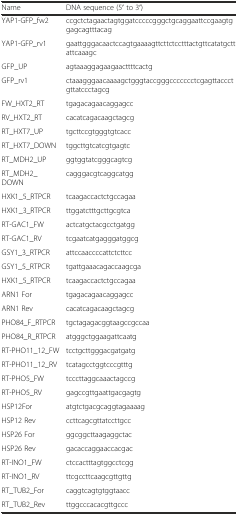
<table><thead><tr><td><b>Name</b></td><td><b>DNA sequence (5′ to 3′)</b></td></tr></thead><tbody><tr><td>YAP1-GFP_fw2</td><td>ccgctctagaactagtggatcccccgggctgcaggaattccgaagtggagcagtttacag</td></tr><tr><td>YAP1-GFP_rv1</td><td>gaattgggacaactccagtgaaaagttcttctcctttactgttcatatgcttattcaaagc</td></tr><tr><td>GFP_UP</td><td>agtaaaggagaagaacttttcactg</td></tr><tr><td>GFP_rv1</td><td>ctaaagggaacaaaagctgggtaccgggccccccctcgagttaccctgttatccctagcg</td></tr><tr><td>FW_HXT2_RT</td><td>tgagacagaacaggagcc</td></tr><tr><td>RV_HXT2_RT</td><td>cacatcagacaagctagcg</td></tr><tr><td>RT_HXT7_UP</td><td>tgcttccgtgggtgtcacc</td></tr><tr><td>RT_HXT7_DOWN</td><td>tggcttgtcatcgtgagtc</td></tr><tr><td>RT_MDH2_UP</td><td>ggtggtatcgggcagtcg</td></tr><tr><td>RT_MDH2_ DOWN</td><td>cagggacgtcaggcatgg</td></tr><tr><td>HXK1_5_RTPCR</td><td>tcaagaccactctgccagaa</td></tr><tr><td>HXK1_3_RTPCR</td><td>ttggatctttgcttgcgtca</td></tr><tr><td>RT-GAC1_FW</td><td>actcatgctacgcctgatgg</td></tr><tr><td>RT-GAC1_RV</td><td>tcgaatcatgagggatggcg</td></tr><tr><td>GSY1_3_RTPCR</td><td>attccaaccccattctcttcc</td></tr><tr><td>GSY1_5_RTPCR</td><td>tgattgaaacagaccaagcga</td></tr><tr><td>HXK1_5_RTPCR</td><td>tcaagaccactctgccagaa</td></tr><tr><td>ARN1 For</td><td>tgagacagaacaggagcc</td></tr><tr><td>ARN1 Rev</td><td>cacatcagacaagctagcg</td></tr><tr><td>PHO84_F_RTPCR</td><td>tgctagagacggtaagccgccaa</td></tr><tr><td>PHO84_R_RTPCR</td><td>atgggctggaagattcaatg</td></tr><tr><td>RT-PHO11_12_FW</td><td>tcctgcttgggacgatgatg</td></tr><tr><td>RT-PHO11_12_RV</td><td>tcatagcctggtcccgtttg</td></tr><tr><td>RT-PHO5_FW</td><td>tcccttaggcaaactagccg</td></tr><tr><td>RT-PHO5_RV</td><td>gagccgttgaattgacgagtg</td></tr><tr><td>HSP12For</td><td>atgtctgacgcaggtagaaaag</td></tr><tr><td>HSP12 Rev</td><td>ccttcagcgttatccttgcc</td></tr><tr><td>HSP26 For</td><td>ggcggcttaagaggctac</td></tr><tr><td>HSP26 Rev</td><td>gacaccaggaaccacgac</td></tr><tr><td>RT-INO1_FW</td><td>ctccactttagtggcctcgg</td></tr><tr><td>RT-INO1_RV</td><td>ttcgccttcaagcgttgttg</td></tr><tr><td>RT_TUB2_For</td><td>caggtcagtgtggtaacc</td></tr><tr><td>RT_TUB2_Rev</td><td>ttggcccacacgttgccc</td></tr></tbody></table>